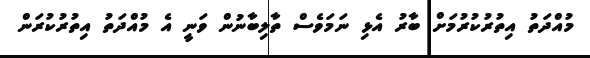
މުއްދަތު އިތުރުކުރުމަށް ބާރު އެޅި ނަމަވެސް ތާލިބާނުން ވަނީ އެ މުއްދަތު އިތުރުކުރަން